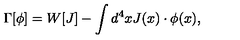
\Gamma [ \phi ] = W [ J ] - \int d ^ { 4 } x J ( x ) \cdot \phi ( x ) ,